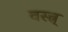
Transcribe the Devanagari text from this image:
वस्त्र्